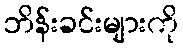
ဘိန်းခင်းများကို